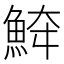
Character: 𩶮